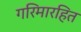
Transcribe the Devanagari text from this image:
गरिमारहित